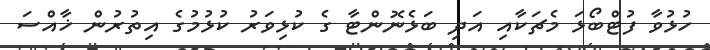
ހުޅުވާ ފުޓްބޯޅަ މެޗަކާއި އަދި ބަޅެނޮންޓާ ގެ ކުޅިވަރު ކުޅުމުގެ އިތުރުން ޚާއްސަ